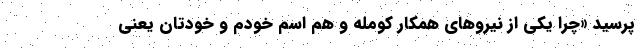
پرسید «چرا یکی از نیروهای همکار کومله و هم اسم خودم و خودتان یعنی